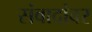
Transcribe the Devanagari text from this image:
संवादांवर